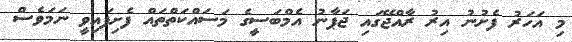
މި އަހަރު ފެށުނު އިރު ރާއްޖޭގައި ޖަޕާނު އެމްބަސީގެ މަސައްކަތްތައް ފެށިފައިވީ ނަމަވެސް